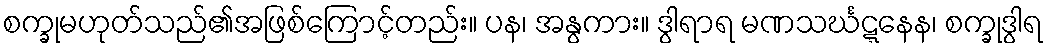
စက္ခုမဟုတ်သည်၏အဖြစ်ကြောင့်တည်း။ ပန၊ အနွကား။ ဒွါရာရ မဏသင်္ဃဋ္ဋနေန၊ စက္ခုဒွါရ